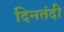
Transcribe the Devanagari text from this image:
दिनतंदी